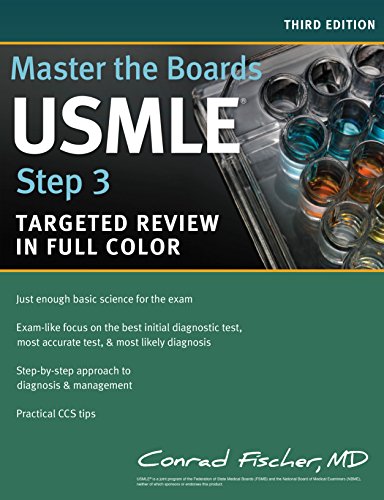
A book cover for Master the Boards USMLE Step 3; Conrad Fischer MD; Test Preparation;